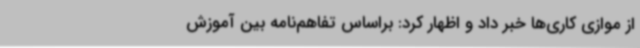
از موازی کاری‌ها خبر داد و اظهار کرد: براساس تفاهم‌نامه بین آموزش